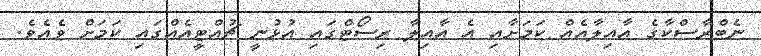
ނެބްރާސްކާގެ އާއިލާއެއް ކަމަށާއި އެ އާއިލާ ރިސޯޓްގައި އުޅުނީ ޗުއްޓީއެއްގައި ކަމަށް ވެއެވެ.